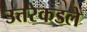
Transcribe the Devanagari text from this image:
उत्तरेकडले